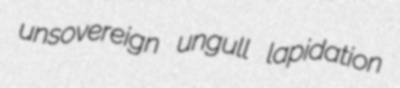
unsovereign ungull lapidation